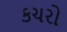
કચરો